Report of the Indian Hemp Drugs Commission, 1894-1895 - Volume IV
Year: 1894
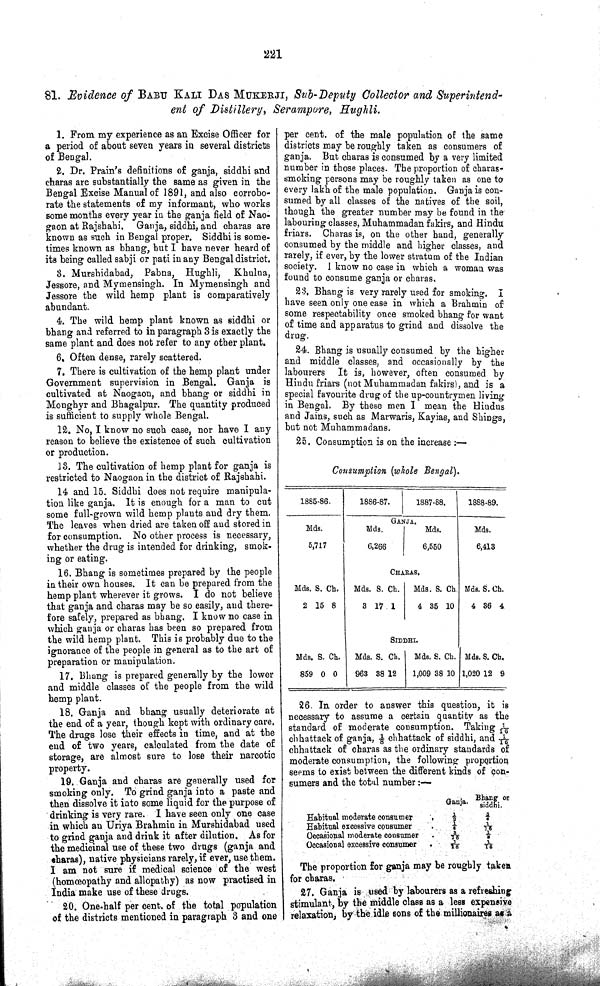
221
81. Evidence of BABU KALI DAS MUKERJI, Sub-Deputy Collector and Superintend-
ent of Distillery, Serampore, Hughli.
1. From my experience as an Excise Officer for
a period of about seven years in several districts
of Bengal.
2. Dr. Prain's definitions of ganja, siddhi and
charas are substantially the same as given in the
Bengal Excise Manual of 1891, and also corrobo-
rate the statements of my informant, who works
some months every year in the ganja field of Nao-
gaon at Rajshahi. Ganja, siddhi, and charas are
known as such in Bengal proper. Siddhi is some-
times known as bhang, but I have never heard of
its being called sabji or pati in any Bengal district.
3. Murshidabad, Pabna, Hughli,
Khulna,
Jessore, and Mymensingh. In Mymensingh and
Jessore the wild hemp plant is comparatively
abundant.
4. The wild hemp plant known as siddhi or
bhang and referred to in paragraph 3 is exactly the
same plant and does not refer to any other plant.
6. Often dense, rarely scattered.
7. There is cultivation of the hemp plant under
Government supervision in Bengal. Ganja is
cultivated at Naogaon, and bhang or siddhi in
Monghyr and Bhagalpur. The quantity produced
is sufficient to supply whole Bengal.
12. No, I know no such case, nor have I any
reason to believe the existence of such cultivation
or production.
13. The cultivation of hemp plant for ganja is
restricted to Naogaon in the district of Rajshahi.
14 and 15. Siddhi does not require manipula-
tion like ganja. It is enough for a man to cut
some full-grown wild hemp plants and dry them.
The leaves when dried are taken off and stored in
for consumption. No other process is necessary,
whether the drug is intended for drinking, smok-
ing or eating.
16. Bhang is sometimes prepared by the people
in their own houses. It can be prepared from the
hemp plant wherever it grows. I do not believe
that ganja and charas may be so easily, and there-
fore safely, prepared as bhang. I know no case in
which ganja or charas has been so prepared from
the wild hemp plant. This is probably due to the
ignorance of the people in general as to the art of
preparation or manipulation.
17. Bhang is prepared generally by the lower
and middle classes of the people from the wild
hemp plant.
18. Ganja and bhang usually deteriorate at
the end of a year, though kept with ordinary care.
The drugs lose their effects in time, and at the
end of two years, calculated from the date of
storage, are almost sure to lose their narcotic
property.
19. Ganja and charas are generally used for
smoking only. To grind ganja into a paste and
then dissolve it into some liquid for the purpose of
drinking is very rare. I have seen only one case
in which an Uriya Brahmin in Murshidabad used
to grind ganja and drink it after dilution. As for
the medicinal use of these two drugs (ganja and
charas), native physicians rarely, if ever, use them.
I am not sure if medical science of the west
(homœopathy and allopathy) as now practised in
India make use of these drugs.
20. One-half per cent. of the total population
of the districts mentioned in paragraph 3 and one
per cent. of the male population of the same
districts may be roughly taken as consumers of
ganja. But charas is consumed by a very limited
number in those places. The proportion of charas-
smoking persons may be roughly taken as one to
every lakh of the male population. Ganja is con-
sumed by all classes of the natives of the soil,
though the greater number may be found in the
labouring classes, Muhammadan fakirs, and Hindu
friars. Charas is, on the other hand, generally
consumed by the middle and higher classes, and
rarely, if ever, by the lower stratum of the Indian
society. I know no case in which a woman was
found to consume ganja or charas.
23. Bhang is very rarely used for smoking. I
have seen only one case in which a Brahmin of
some respectability once smoked bhang for want
of time and apparatus to grind and dissolve the
drug.
24. Bhang is usually consumed by the higher
and middle classes, and occasionally by the
labourers It is, however, often consumed by
Hindu friars (not Muhammadan fakirs), and is a
special favourite drug of the up-countrymen living
in Bengal. By these men I mean the Hindus
and Jains, such as Marwaris, Kayias, and Shings,
but not Muhammadans.
25. Consumption is on the increase:—
Consumption (whole Bengal).
1885-86.
1886-87.
1887-88.
1888-89.
GANJA.
Mds.
Mds.
Mds.
Mds.
5,717
6,266
6,550
6,413
CHARAS.
Mds. S. Ch.
Mds. S. Ch.
Mds. S. Ch. Mds. S. Ch.
2 15 8
3 17 1
4 35 10
4 36 4
SIDDHI.
Mds. S. Ch.
Mds. S. Ch.
Mds. S. Ch. Mds. S. Ch.
859 0 0
963 38 12
1,009 38 10 1,020 12 9
26. In order to answer this question, it is
necessary to assume a certain quantity as the
standard of moderate consumption. Taking 1/16
chhattack of ganja, 1/8 chhattack of siddhi, and 1/16
chhattack of charas as the ordinary standards of
moderate consumption, the following proportion
seems to exist between the different kinds of con-
sumers and the total number:—
Ganja. Bhang or
siddhi.
Habitual moderate consumer
1/2
3/4
Habitual excessive consumer
1/4
1/16
Occasional moderate consumer
8/16
1/2
Occasional excessive consumer
1/16
1/16
The proportion for ganja may be roughly taken
for charas.
27. Ganja is used by labourers as a refreshing
stimulant, by the middle class as a less expensive
relaxation, by the idle sons of the millionaires as a